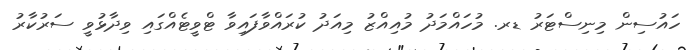
ހައުސިން މިނިސްޓަރު ޑރ. މުހައްމަދު މުއިއްޒު މިއަދު ކުރައްވާފައިވާ ޓްވީޓެއްގައި ވިދާޅުވީ ސަރުކާރު